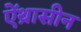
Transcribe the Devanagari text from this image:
ऐंथ्रासीन